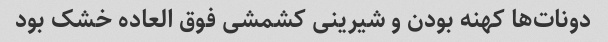
دونات‌ها کهنه بودن و شیرینی کشمشی فوق العاده خشک بود